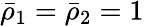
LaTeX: \bar{\rho}_{1}=\bar{\rho}_{2}=1